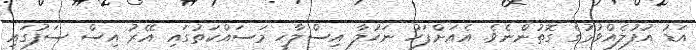
އަޑު އުފުލެއްވުމުގެ ގޮތުންނެވެ. އެއަށްފަހު ނަހުލާ އިސްލާހީ މަސައްކަތުގައި އޭރު އިސް ސަފުގައި